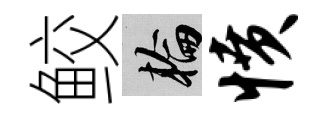
鲛輪愤